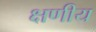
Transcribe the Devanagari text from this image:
क्षणीय